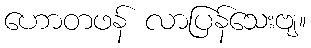
ဟောတဖန် လာပြန်သေးဗျ။